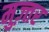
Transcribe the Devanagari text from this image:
मुज़्तर